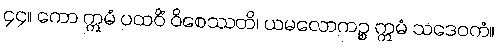
၄၄။ ကော ဣမံ ပထဝိံ ဝိစေဿတိ၊ ယမလောကဉ္စ ဣမံ သဒေဝကံ။